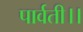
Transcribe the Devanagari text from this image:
पार्वती।।